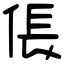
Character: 倀